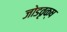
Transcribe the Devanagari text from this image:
जोडवृक्ष